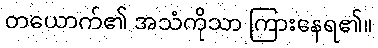
တယောက်၏ အသံကိုသာ ကြားနေရ၏။